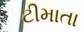
ટીમાતા